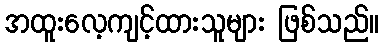
အထူးလေ့ကျင့်ထားသူများ ဖြစ်သည်။